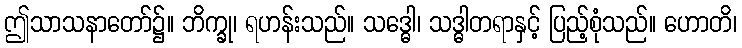
ဤသာသနာတော်၌။ ဘိက္ခု၊ ရဟန်းသည်။ သဒ္ဓေါ၊ သဒ္ဓါတရာနှင့် ပြည့်စုံသည်။ ဟောတိ၊